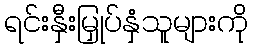
ရင်းနှီးမြှုပ်နှံသူများကို